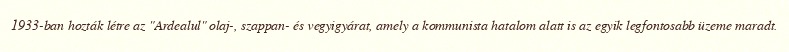
1933-ban hozták létre az "Ardealul" olaj-, szappan- és vegyigyárat, amely a kommunista hatalom alatt is az egyik legfontosabb üzeme maradt.